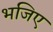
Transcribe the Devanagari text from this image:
भजिए